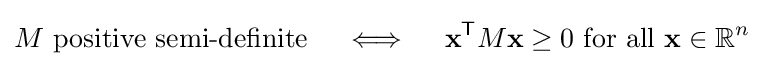
M{\text{ positive semi-definite}}\quad \iff \quad \mathbf {x} ^{\mathsf {T}}M\mathbf {x} \geq 0{\text{ for all }}\mathbf {x} \in \mathbb {R} ^{n}